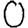
Digit: 0